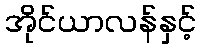
အိုင်ယာလန်နှင့်